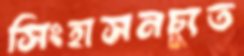
সিংহাসনচ্যুত